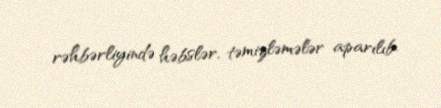
rəhbərliyində həbslər, təmizləmələr aparılıb.